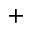
+